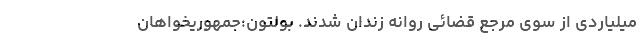
میلیاردی از سوی مرجع قضائی روانه زندان شدند. بولتون:جمهوریخواهان